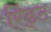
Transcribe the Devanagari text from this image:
रिंड्ट